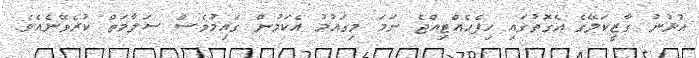
އުޅުނު ގާޒީކަލޭގެ އެގޮތުގައި ހިފެހެއްޓިއްޖެ ނަމަ މިގައުމު އެކަމުން ގައިމުވެސް ސަލާމަތް ކުރެވޭނެއެވެ.